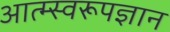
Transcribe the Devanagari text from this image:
आत्म्स्वरूपज्ञान